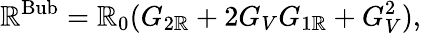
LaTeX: \mathbb{R}^{\mathrm{{Bub}}}=\mathbb{R}_{0}(G_{2\mathbb{R}}+2G_{V}G_{1\mathbb{R}}+G_{V}^{2}),